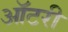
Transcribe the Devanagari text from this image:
ऑटरी